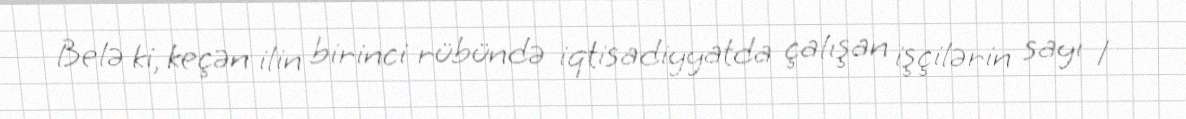
Belə ki, keçən ilin birinci rübündə iqtisadiyyatda çalışan işçilərin sayı 1